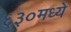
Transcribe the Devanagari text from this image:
६३०मध्ये